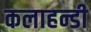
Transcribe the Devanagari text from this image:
कलाहन्डी